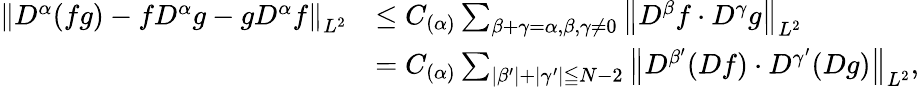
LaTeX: \begin{array}{rl}{\left\| D^{\alpha}(fg)-fD^{\alpha}g-gD^{\alpha}f\right\| _{L^{2}}}&{\leq C_{(\alpha)}\sum_{\beta+\gamma=\alpha,\beta,\gamma\neq 0}\left\| D^{\beta}f\cdot D^{\gamma}g\right\| _{L^{2}}}\\ &{=C_{(\alpha)}\sum_{\left|\beta^{\prime}\right|+|\gamma^{\prime}|\leqq N-2}\left\| D^{\beta^{\prime}}(Df)\cdot D^{\gamma^{\prime}}(Dg)\right\| _{L^{2}},}\end{array}